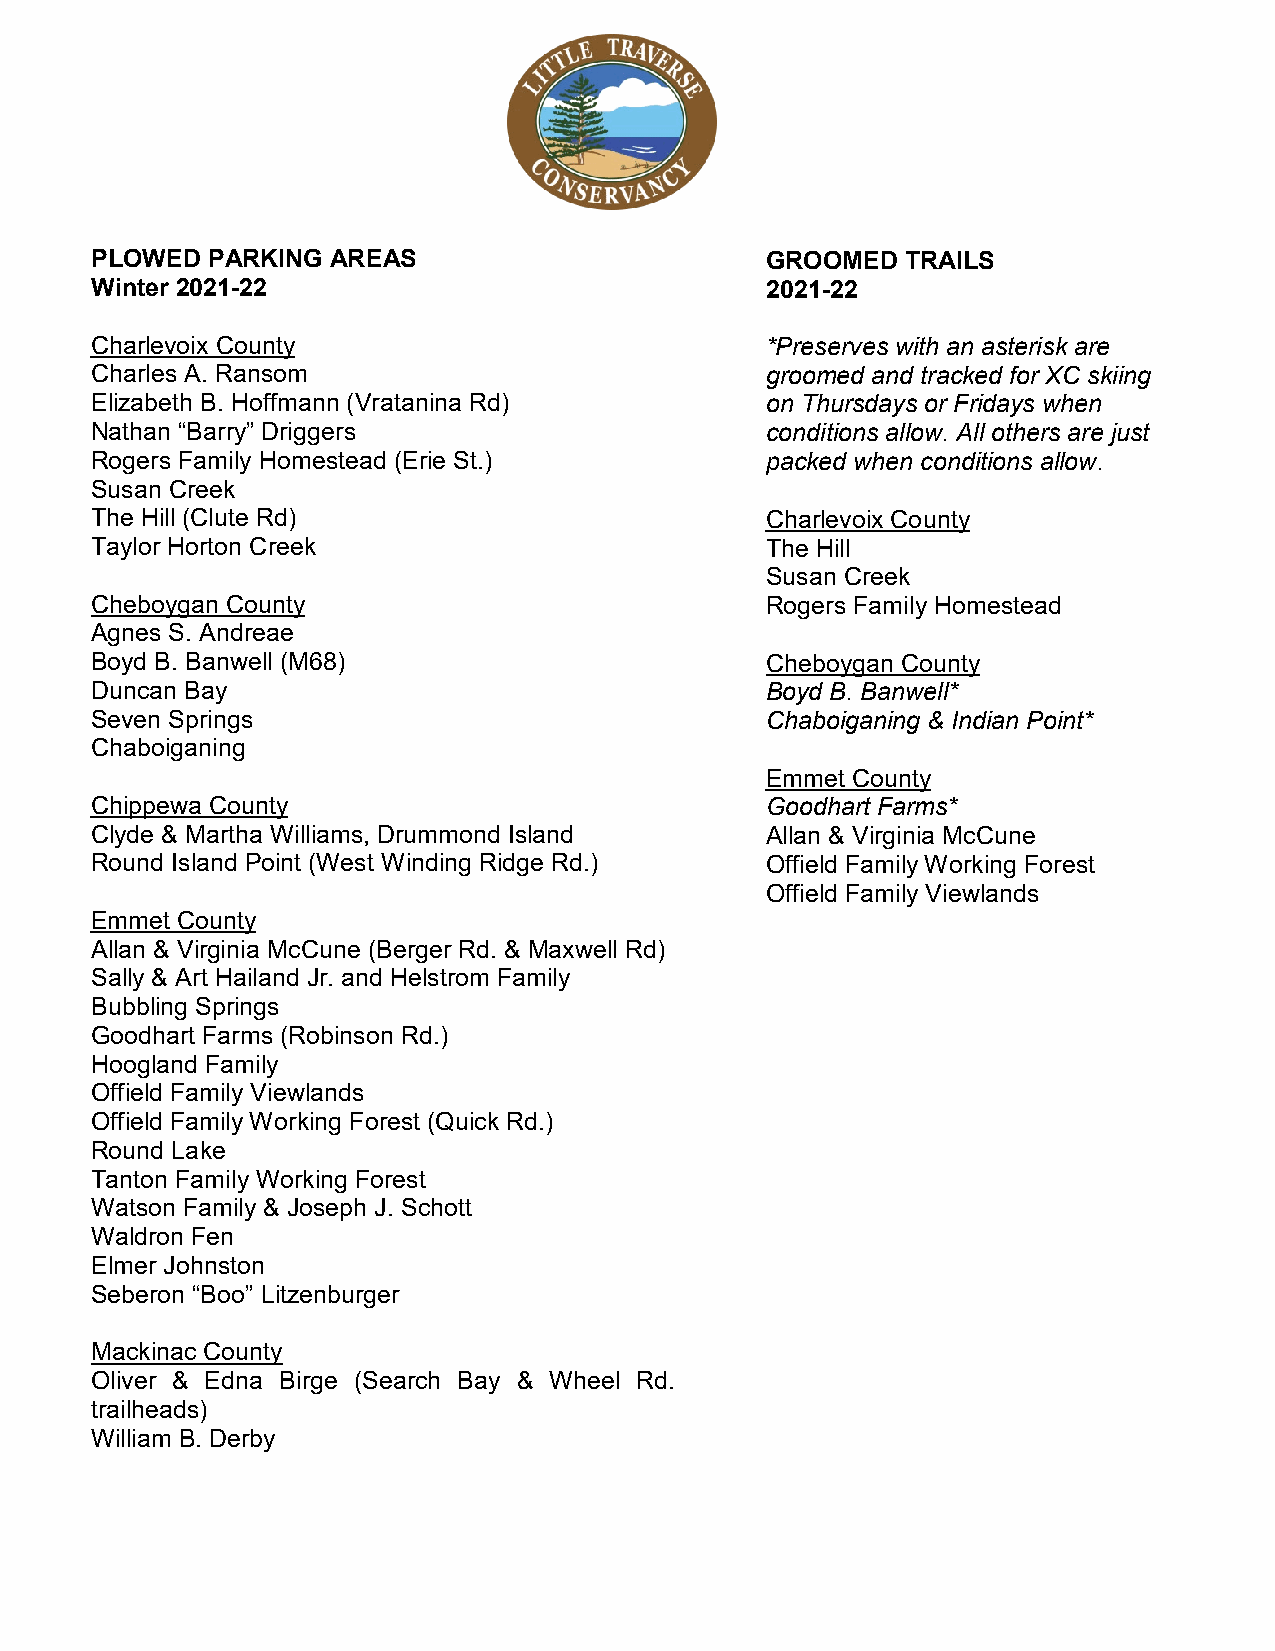
PLOWED  PARKING AREAS                        GROOMED  TRAILS
 Winter 2021-22                               2021-22
 Charlevoix County                            *Preserves with an asterisk are
 Charles A. Ransom                            groomed and tracked for XC skiing
 Elizabeth B. Hoffmann (Vratanina Rd)         on Thursdays or Fridays when
 Nathan “Barry” Driggers                      conditions allow. All others are just
 Rogers Family Homestead (Erie St.)           packed when conditions allow.
 Susan Creek
 The Hill (Clute Rd)                          Charlevoix County
 Taylor Horton Creek                          The Hill
 Susan Creek
 Cheboygan County                             Rogers Family Homestead
 Agnes S. Andreae
 Boyd B. Banwell (M68)                        Cheboygan County
 Duncan Bay                                   Boyd B. Banwell*
 Seven Springs                                Chaboiganing & Indian Point*
 Chaboiganing
 Emmet County
 Chippewa County                              Goodhart Farms*
 Clyde & Martha Williams, Drummond Island     Allan & Virginia McCune
 Round Island Point (West Winding Ridge Rd.)  Offield Family Working Forest
 Offield Family Viewlands
 Emmet County
 Allan & Virginia McCune (Berger Rd. & Maxwell Rd)
 Sally & Art Hailand Jr. and Helstrom Family
 Bubbling Springs
 Goodhart Farms (Robinson Rd.)
 Hoogland Family
 Offield Family Viewlands
 Offield Family Working Forest (Quick Rd.)
 Round Lake
 Tanton Family Working Forest
 Watson Family & Joseph J. Schott
 Waldron Fen
 Elmer Johnston
 Seberon “Boo” Litzenburger
 Mackinac County
 Oliver & Edna Birge (Search Bay & Wheel Rd.
 trailheads)
 William B. Derby